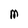
Character: M